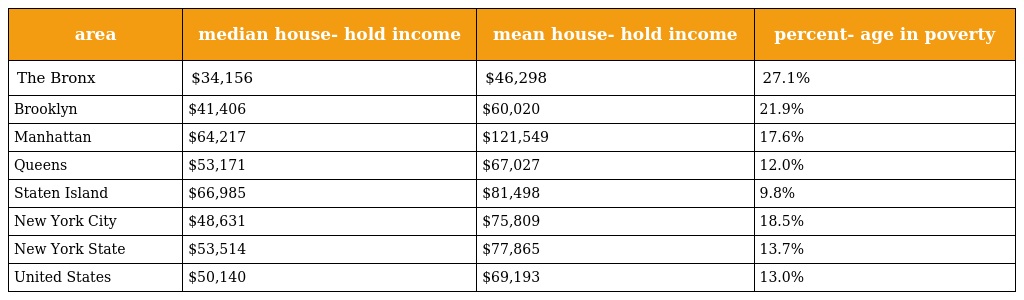
| area | median house- hold income | mean house- hold income | percent- age in poverty |
 | --- | --- | --- | --- |
 | The Bronx | $34,156 | $46,298 | 27.1% |
 | Brooklyn | $41,406 | $60,020 | 21.9% |
 | Manhattan | $64,217 | $121,549 | 17.6% |
 | Queens | $53,171 | $67,027 | 12.0% |
 | Staten Island | $66,985 | $81,498 | 9.8% |
 | New York City | $48,631 | $75,809 | 18.5% |
 | New York State | $53,514 | $77,865 | 13.7% |
 | United States | $50,140 | $69,193 | 13.0% |